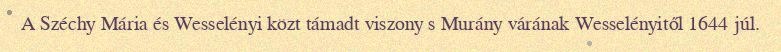
A Széchy Mária és Wesselényi közt támadt viszony s Murány várának Wesselényitől 1644 júl.